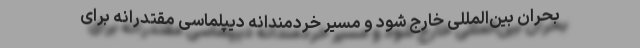
بحران بین‌المللی خارج شود و مسیر خردمندانه دیپلماسی مقتدرانه برای